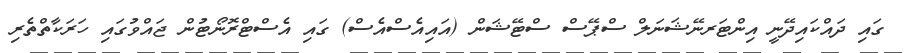
ގައި ދައްކައިދޭނީ އިންޓަރނޭޝަނަލް ސްޕޭސް ސްޓޭޝަން (އައިއެސްއެސް) ގައި އެސްޓްރޮނޯޓުން ޖައްވުގައި ހަރަކާތްތެރި